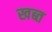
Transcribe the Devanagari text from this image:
खब्त